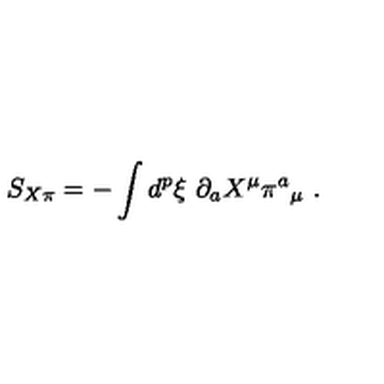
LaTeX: S _ { X \pi } = - \int d ^ { p } \xi \ \partial _ { a } X ^ { \mu } \pi ^ { a } { _ { \mu } } \ .